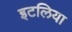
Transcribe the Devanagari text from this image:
इटलिया